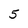
Character: 5